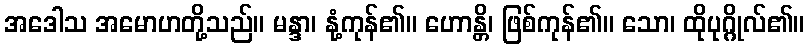
အဒေါသ အမောဟတို့သည်။ မန္ဒာ၊ နုံ့ကုန်၏။ ဟောန္တိ၊ ဖြစ်ကုန်၏။ သော၊ ထိုပုဂ္ဂိုလ်၏။